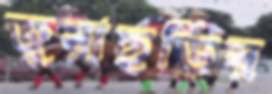
জুরাছড়ির